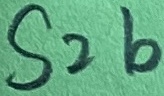
Text: S2b